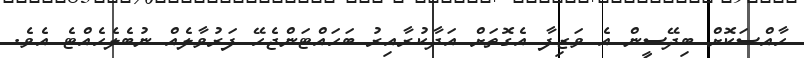
ހާއްސަކޮށް ބިދޭސީން އެ ވަޒިފާ އެގޮތަށް އަދާކުރާއިރު ބަހައްޓަންޖެހޭ ފަރުވާލެއް ނުބެލެހެއްޓެ އެވެ.